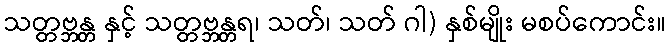
သတ္တဗ္ဘန္တ နှင့် သတ္တဗ္ဘန္တရ၊ သတ်၊ သတ် ဂါ) နှစ်မျိုး မစပ်ကောင်း။